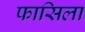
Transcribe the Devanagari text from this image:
फासिला